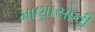
માણાસોની